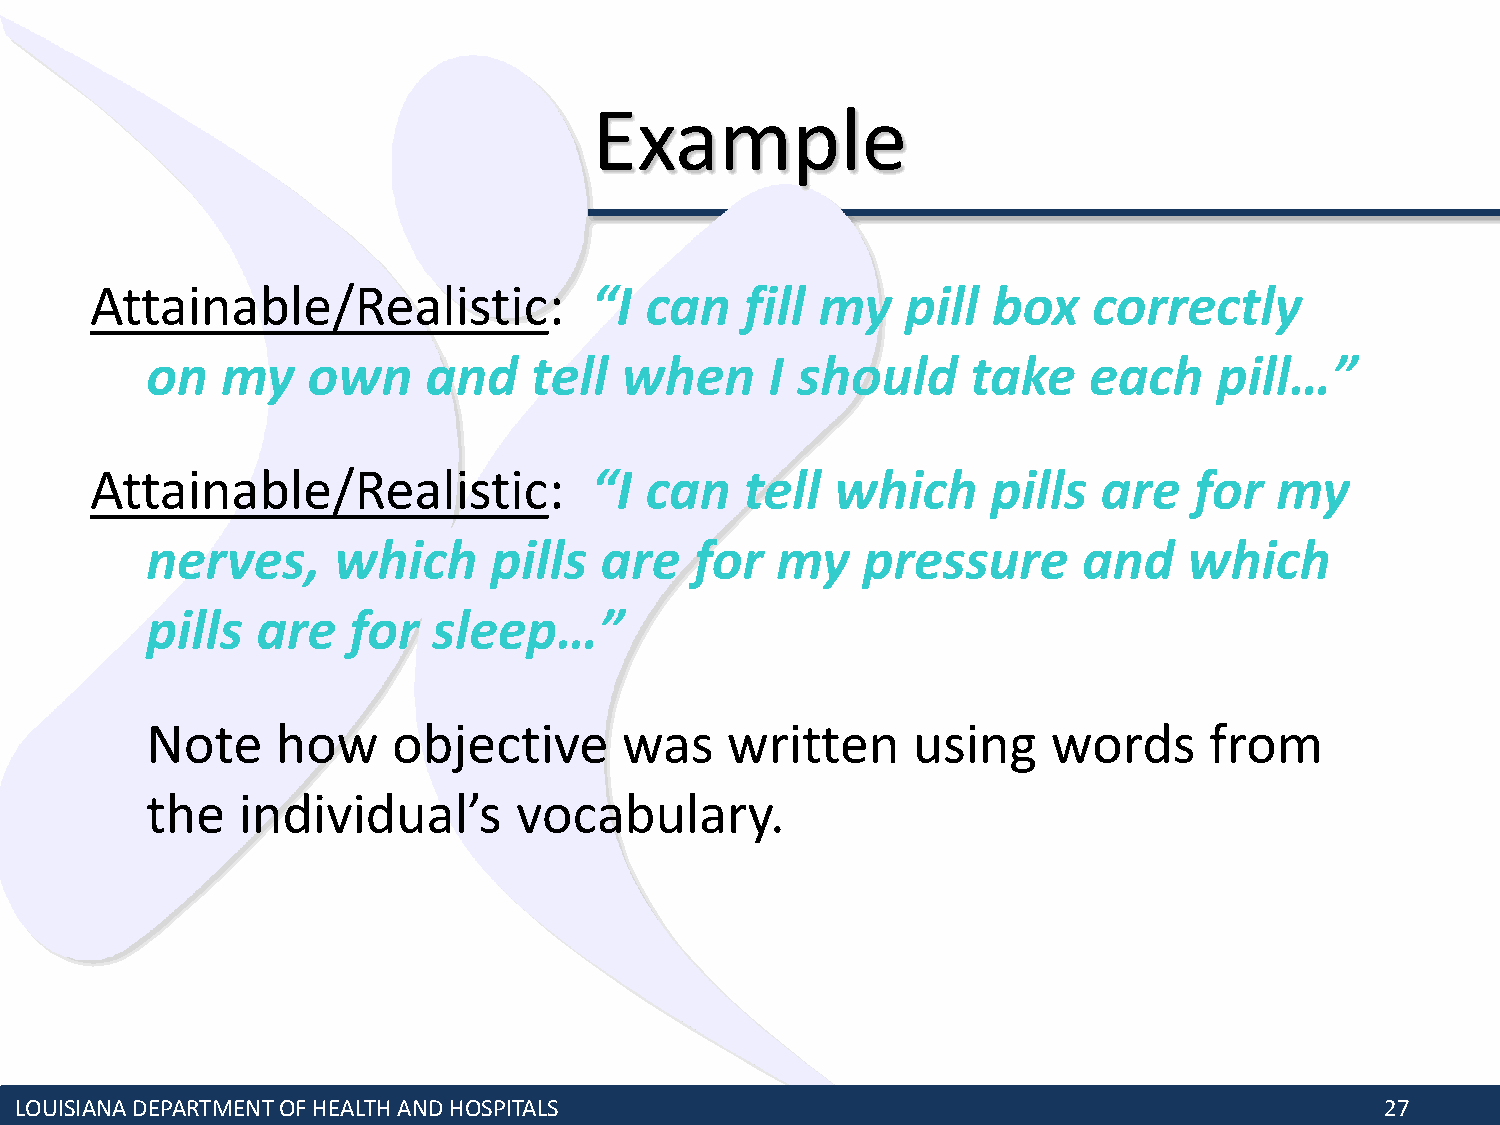
Example
 Attainable/Realistic:            “I  can   fill my    pill  box   correctly
 on   my   own     and    tell  when      I should     take    each     pill…”
 Attainable/Realistic:            “I  can   tell  which      pills  are   for   my
 nerves,     which     pills   are   for  my    pressure       and    which
 pills  are   for   sleep…”
 Note    how     objective      was    written     using     words     from
 the   individual’s      vocabulary.
 LOUISIANA DEPARTMENT OF HEALTH AND HOSPITALS                                               27